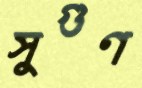
সুগুণ